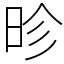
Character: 昣